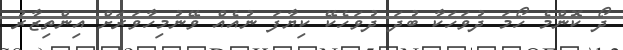
ދޯ ކޮންމެ ހޯމަ ދުވަހަކާ ބުދަ ދުވަހެކޭ ކިޔާފަ ނުއެއް ވޭނުމިހާވަރަށް އިންތިޒާރު